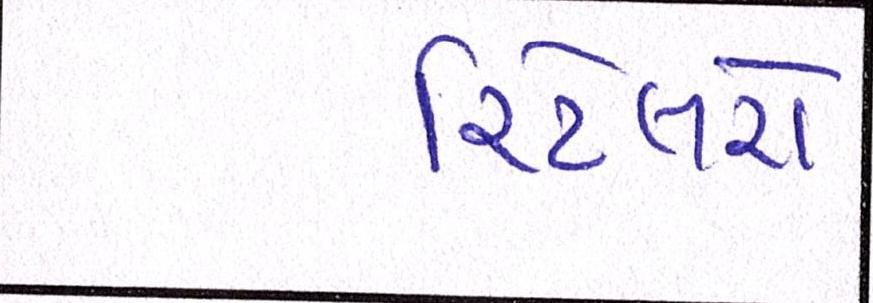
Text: રિટેલરો